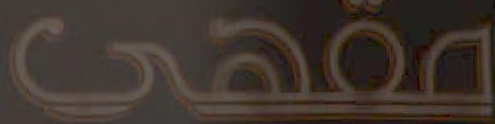
مقهى